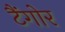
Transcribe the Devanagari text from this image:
टैंगोर